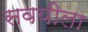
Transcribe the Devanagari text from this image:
सवयीला